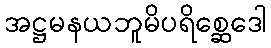
အဋ္ဌမနယဘူမိပရိစ္ဆေဒေါ